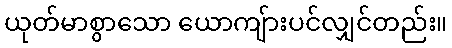
ယုတ်မာစွာသော ယောကျ်ားပင်လျှင်တည်း။